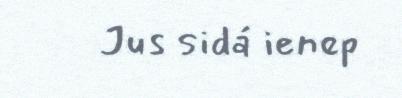
Jus sidá ienep